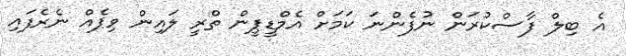
އެ ބިލް ފާސްކުރަން ނުފެންނަ ކަމަށް އެމްޑީޕީން ތްރީ ލައިން ވިޕެއް ނެރެފައި